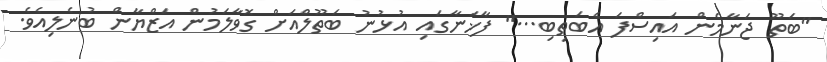
''ބަތޫ ޖަނާމެން އައިސްފަ އެބަތިބި...'' ފާޚަނާގައި އުޅުނު ބަތޫލްއަށް ގޮވާލަމުން އަޒްޔާން ބުނެލިއެވެ.